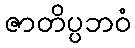
ဇာတိပ္ပဘဝံ